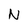
Character: N